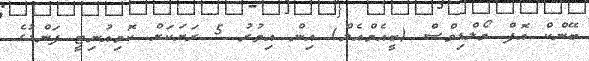
ބޭންކް އޮފް މޯލްޑިވްސް (ބީއެމްއެލް) އިން އިތުރު 5 ރަށަކަށް ކޮމިއުނިޓީ ފަންޑުގެ